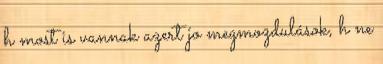
h most is vannak azert jo megmozdulások, h ne